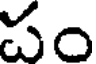
పం